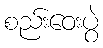
စည်းဝေးပွဲ